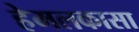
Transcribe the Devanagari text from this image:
हेमलकासा